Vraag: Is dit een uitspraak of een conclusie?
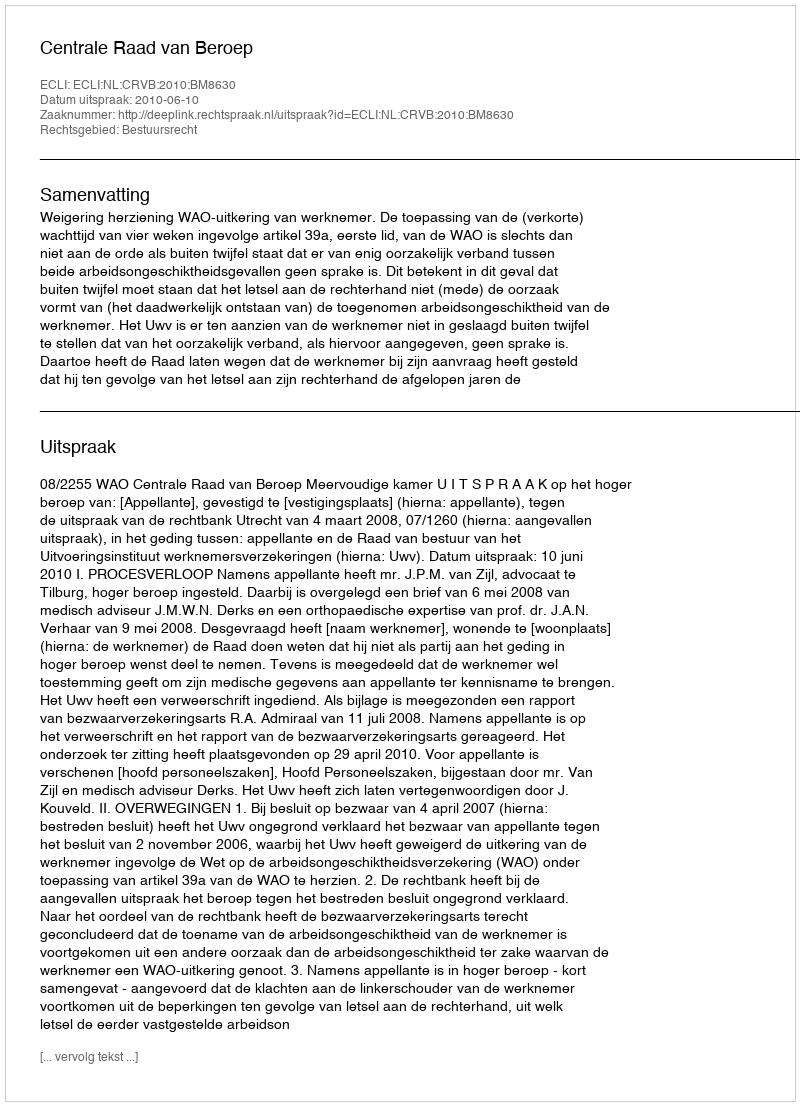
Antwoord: Uitspraak